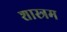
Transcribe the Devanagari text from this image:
शास्त्रम